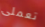
تعملى